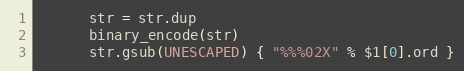
Language: Ruby
      str = str.dup
      binary_encode(str)
      str.gsub(UNESCAPED) { "%%%02X" % $1[0].ord }